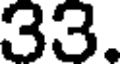
33.